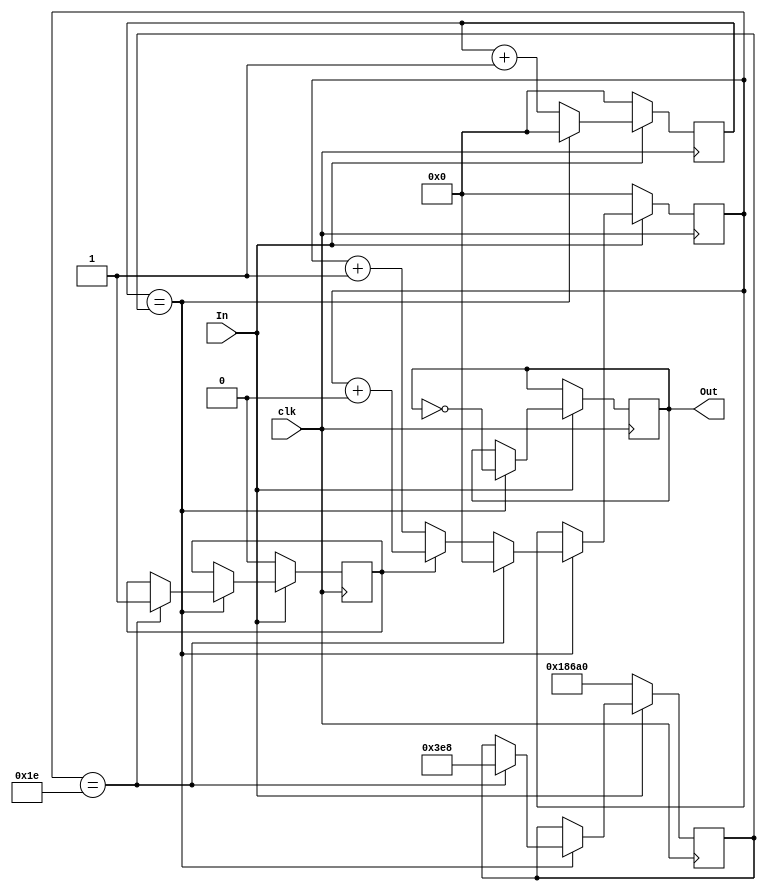
`timescale 1ns / 1ps
//////////////////////////////////////////////////////////////////////////////////
// 
// 
//////////////////////////////////////////////////////////////////////////////////


module Debounce
/*** PARAMETERS ***/
#(parameter
    // WL
    CLOCKSPEED                  = 100000000,
    DebounceThreshold           = 100000,
    IncreaseFrequencyThreshold  = 30,
    DecreaseFactor              = 100
)
/*** IN/OUT ***/
(   
    // IN
    input       clk,
                In,
    
    // OUT
    output reg  Out
);
    reg [31 : 0]    i, j, DThresh;
    reg ThresholdReached;

    initial
    begin
        Out                 = 0;
        i                   = 0;
        j                   = 0;
        DThresh             = DebounceThreshold;
        ThresholdReached    = 0;
    end
    
    always @(posedge clk)
    begin
        if(In)
        begin
            if(i == DThresh) // If I held on to the button enough to trigger an increment
            begin
                // Will increase the speed of the increase if this is met
                if(j == IncreaseFrequencyThreshold) 
                begin
                    DThresh             <= DebounceThreshold / DecreaseFactor; // Decrease the threshold to make it faster
                    j                   <= 0;
                    ThresholdReached    <= 1;
                end
                else j <= !ThresholdReached ? j + 1 : j + 0; // Will not set this to anything else since we are already up to speed 
                Out <= ~Out;
                i   <= 0;
            end
            else i <= i + 1;
        end
        else 
        begin
            i                   <= 0;
            j                   <= 0;
            DThresh             <= DebounceThreshold;
            ThresholdReached    <= 0;
        end
    end

endmodule